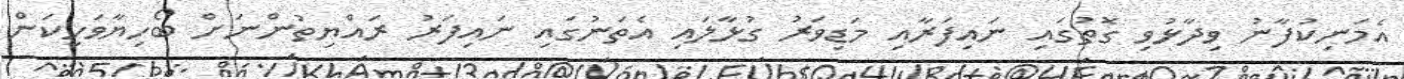
އެމަނިކުފާނު ވިދާޅުވި ގޮތުގައި ނައިފަރާއި މަޑިވަރު ގުޅާލައި އެތަނުގައި ނައިފަރު ރައްޔިތުންނަށް ބޯހިޔާވަހިކަން